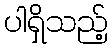
ပါရှိသည့်